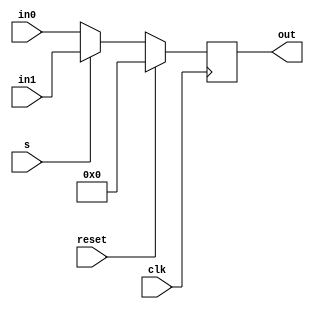
module mux (clk, reset, in0, in1, s, out);

input [7:0] in0, in1;
input clk, s, reset;
output [7:0]out;
reg [7:0]out1;


always @ (posedge clk)
begin
 if (reset)
  out1 <= 0;
 else
	begin
		if(s)
		out1<= in1;
		else
		out1 <= in0;
	end

end

assign out = out1;
endmodule